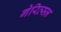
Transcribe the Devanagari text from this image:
गेरित्स्ज़